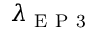
\lambda _ { \mathrm { ~ E ~ P ~ 3 ~ } }